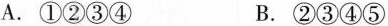
A.①②③④ B.②③④⑤